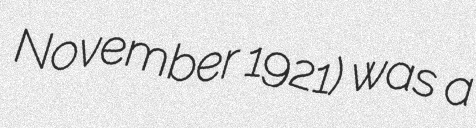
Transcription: November 1921) was a